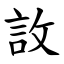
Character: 䚺